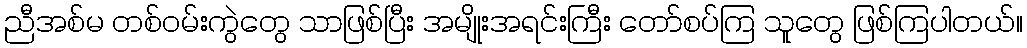
ညီအစ်မ တစ်ဝမ်းကွဲတွေ သာဖြစ်ပြီး အမျိုးအရင်းကြီး တော်စပ်ကြ သူတွေ ဖြစ်ကြပါတယ်။